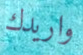
واريدك